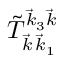
\tilde { T } _ { \vec { k } \, \vec { k } _ { 1 } } ^ { \vec { k } _ { 3 } \vec { k } }